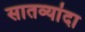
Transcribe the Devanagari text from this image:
सातव्यांदा